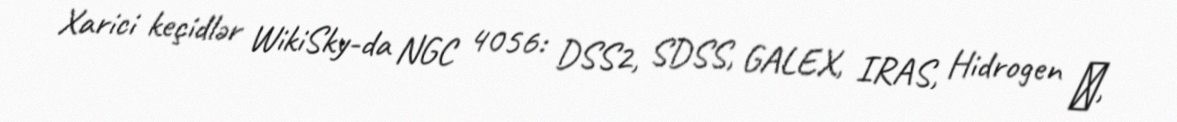
Xarici keçidlər WikiSky-da NGC 4056: DSS2, SDSS, GALEX, IRAS, Hidrogen α,